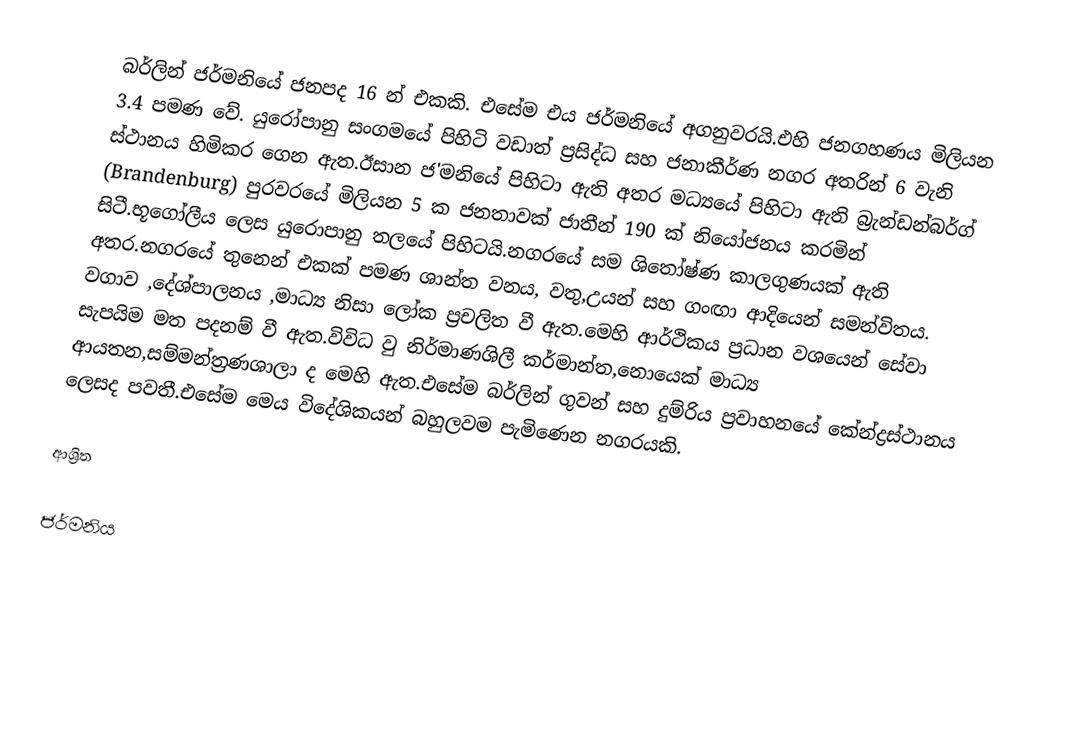
බර්ලින් ජර්මනියේ ජනපද 16 න් එකකි. එසේම එය ජර්මනියේ අගනුවරයි.එහි ජනගහණය මිලියන 3.4 පමණ වේ. යුරෝපානු සංගමයේ පිහිටි වඩාත් ප්‍රසිද්ධ සහ ජනාකීර්ණ නගර අතරින් 6 වැනි ස්ථානය හිමිකර ගෙන ඇත.ඊසාන ජ'මනියේ පිහිටා ඇති අතර මධ්‍යයේ පිහිටා ඇති බ්‍රැන්ඩන්බර්ග් (Brandenburg) පුරවරයේ මිලියන 5 ක ජනතාවක් ජාතීන් 190 ක් නියෝජනය කරමින් සිටී.භූගෝලීය ලෙස යුරොපානු තලයේ පිහිටයි.නගරයේ සම ශිතෝෂ්ණ කාලගුණයක් ඇති අතර.නගරයේ තුනෙන් එකක් පමණ ශාන්ත වනය, වතු,උයන් සහ ගංඟා ආදියෙන් සමන්විතය. වගාව ,දේශ්පාලනය ,මාධ්‍ය නිසා ලෝක ප්‍රචලිත වී ඇත.මෙහි ආර්ථිකය ප්‍රධාන වශයෙන් සේවා සැපයිම මත පදනම් වී ඇත.විවිධ වු නිර්මාණශිලී කර්මාන්ත,නොයෙක් මාධ්‍ය ආයතන,සම්මන්ත්‍රණශාලා ද මෙහි ඇත.එසේම බර්ලින් ගුවන් සහ දුම්රිය ප්‍රවාහනයේ කේන්ද්‍රස්ථානය ලෙසද පවතී.එසේම මෙය විදේශිකයන් බහුලවම පැමිණෙන නගරයකි.

ආශ්‍රිත

ජර්මනිය